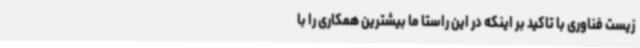
زیست فناوری با تاکید بر اینکه در این راستا ما بیشترین همکاری را با